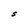
Character: S